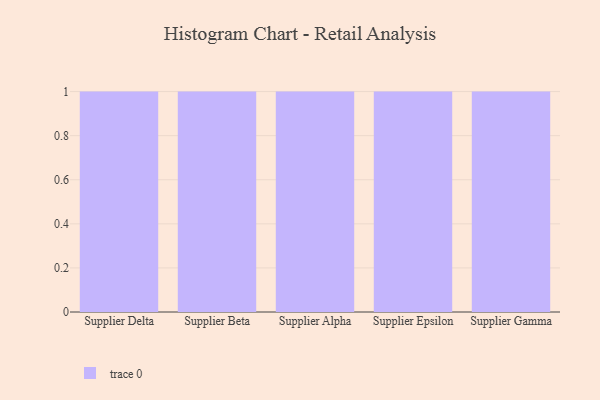
{"axis": {"x": "Supplier", "y": "Inventory Turnover"}, "legend": [""], "data": [{"x": "Supplier Delta", "y": 32, "type": ""}, {"x": "Supplier Beta", "y": 26, "type": ""}, {"x": "Supplier Alpha", "y": 91, "type": ""}, {"x": "Supplier Epsilon", "y": 48, "type": ""}, {"x": "Supplier Gamma", "y": 19, "type": ""}]}